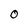
Character: O